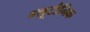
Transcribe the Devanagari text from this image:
ग्लूटौनिक